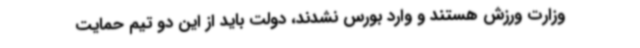
وزارت ورزش هستند و وارد بورس نشدند، دولت باید از این دو تیم حمایت